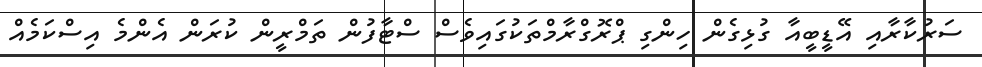
ސަރުކާރާއި އޭޑީބީއާ ގުޅިގެން ހިންގި ޕްރޮގްރާމްތަކުގައިވެސް ސްޓާފުން ތަމްރީން ކުރަން އެންމެ އިސްކަމެއް